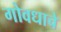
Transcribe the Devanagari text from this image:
गोवधाचे